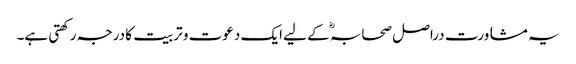
یہ مشاورت دراصل صحابہؓ کے لیے ایک دعوت و تربیت کا درجہ رکھتی ہے۔